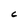
Character: C